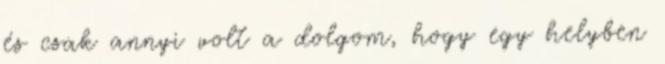
és csak annyi volt a dolgom, hogy egy helyben